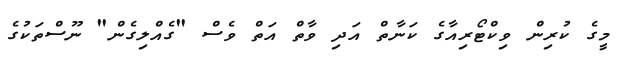
މީގެ ކުރިން ވިކްޓޯރިއާގެ ކަނާތް އަދި ވާތް އަތް ވެސް "ގެއްލިގެން" ނޫސްތަކުގެ